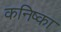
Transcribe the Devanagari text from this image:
कनिष्का